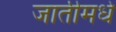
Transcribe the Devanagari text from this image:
जातीमधे